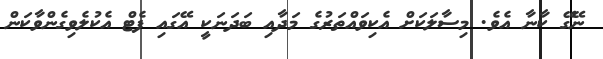
ނޭގޭ ކާނާ އެވެ. މިސާލަކަށް އެކިވައްތަރުގެ މަދާއި ބަދަނަކީ އޭގައި ފެޓް އެކުލެވިގެންވާކަން